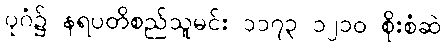
ပုဂံ၌ နရပတိစည်သူမင်း ၁၁၇၃ ၁၂၁၀ စိုးစံဆဲ